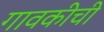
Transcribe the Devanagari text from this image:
गावकीची